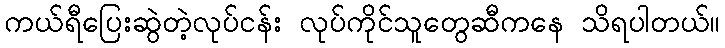
ကယ်ရီပြေးဆွဲတဲ့လုပ်ငန်း လုပ်ကိုင်သူတွေဆီကနေ သိရပါတယ်။